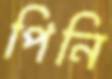
পিনি